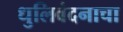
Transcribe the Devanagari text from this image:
धुलिवंदनाचा